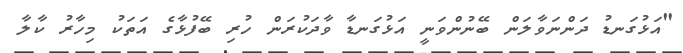
"އަޅުގަނޑު ދަންނަވާލަން ބޭނުންވަނީ އަޅުގަނޑާ ވާދަކުރަން ހުރި ބޭފުޅާގެ އަތަކު މިހާރު ކާލާ